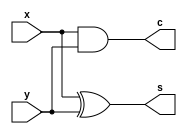
// Half Adder Module
module half_adder(
    input wire x, y,    // Input bits
    output wire s, c    // Sum and carry outputs
);
    // XOR gate for sum calculation
    xor xor1(s, x, y);
    // AND gate for carry calculation
    and and1(c, x, y);
endmodule